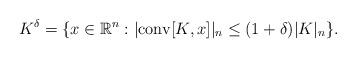
LaTeX: \begin{align*}K^{\delta}=\{x\in\mathbb{R}^n: |\mathrm{conv}[K,x]|_n\leq (1+\delta)|K|_n\}.\end{align*}